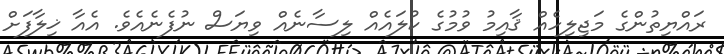
ރައްޔިތުންގެ މަޖިލިހެއް ޤާއިމު ވުމުގެ ކުލައެއް ލިސާނެއް ވިޔަސް ނުފެނެއެވެ. އެއާ ޚިލާފަށް